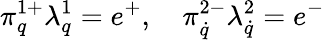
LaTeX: \pi_{q}^{1+}\lambda_{q}^{1}=e^{+},\quad\pi_{\dot{q}}^{2-}\lambda_{\dot{q}}^{2}=e^{-}